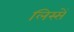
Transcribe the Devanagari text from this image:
लिस्सें